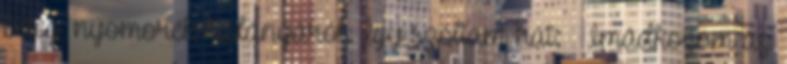
beteg, nyomorék kislányáról. Így szóltam hát: – Imádkozom az